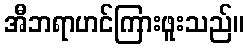
အီဘရာဟင်ကြားဖူးသည်။